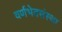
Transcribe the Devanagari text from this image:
वर्णभेदसंस्था